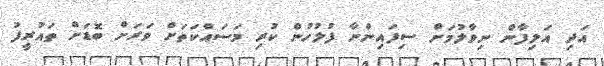
އަދި އަލިފާން ނިވާލުމަށް ސިފައިންނާ ފުލުހުން ކުރި މަސައްކަތަށް ވަރަށް ބޮޑަށް ތައުރީފު